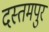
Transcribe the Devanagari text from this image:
दस्तमपुर